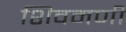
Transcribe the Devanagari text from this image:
शिवमणी